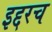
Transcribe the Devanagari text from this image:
इद्दरच